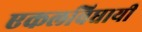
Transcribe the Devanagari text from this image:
एकलविधायी